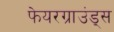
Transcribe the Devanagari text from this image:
फेयरग्राउंड्स